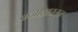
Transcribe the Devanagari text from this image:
कज़ाख़स्तन